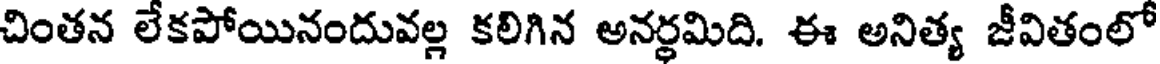
చింతన లేకపోయినందువల్ల కలిగిన అనర్థమిది. ఈ అనిత్య జీవితంలో